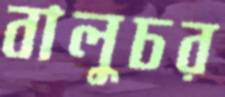
বালুচর